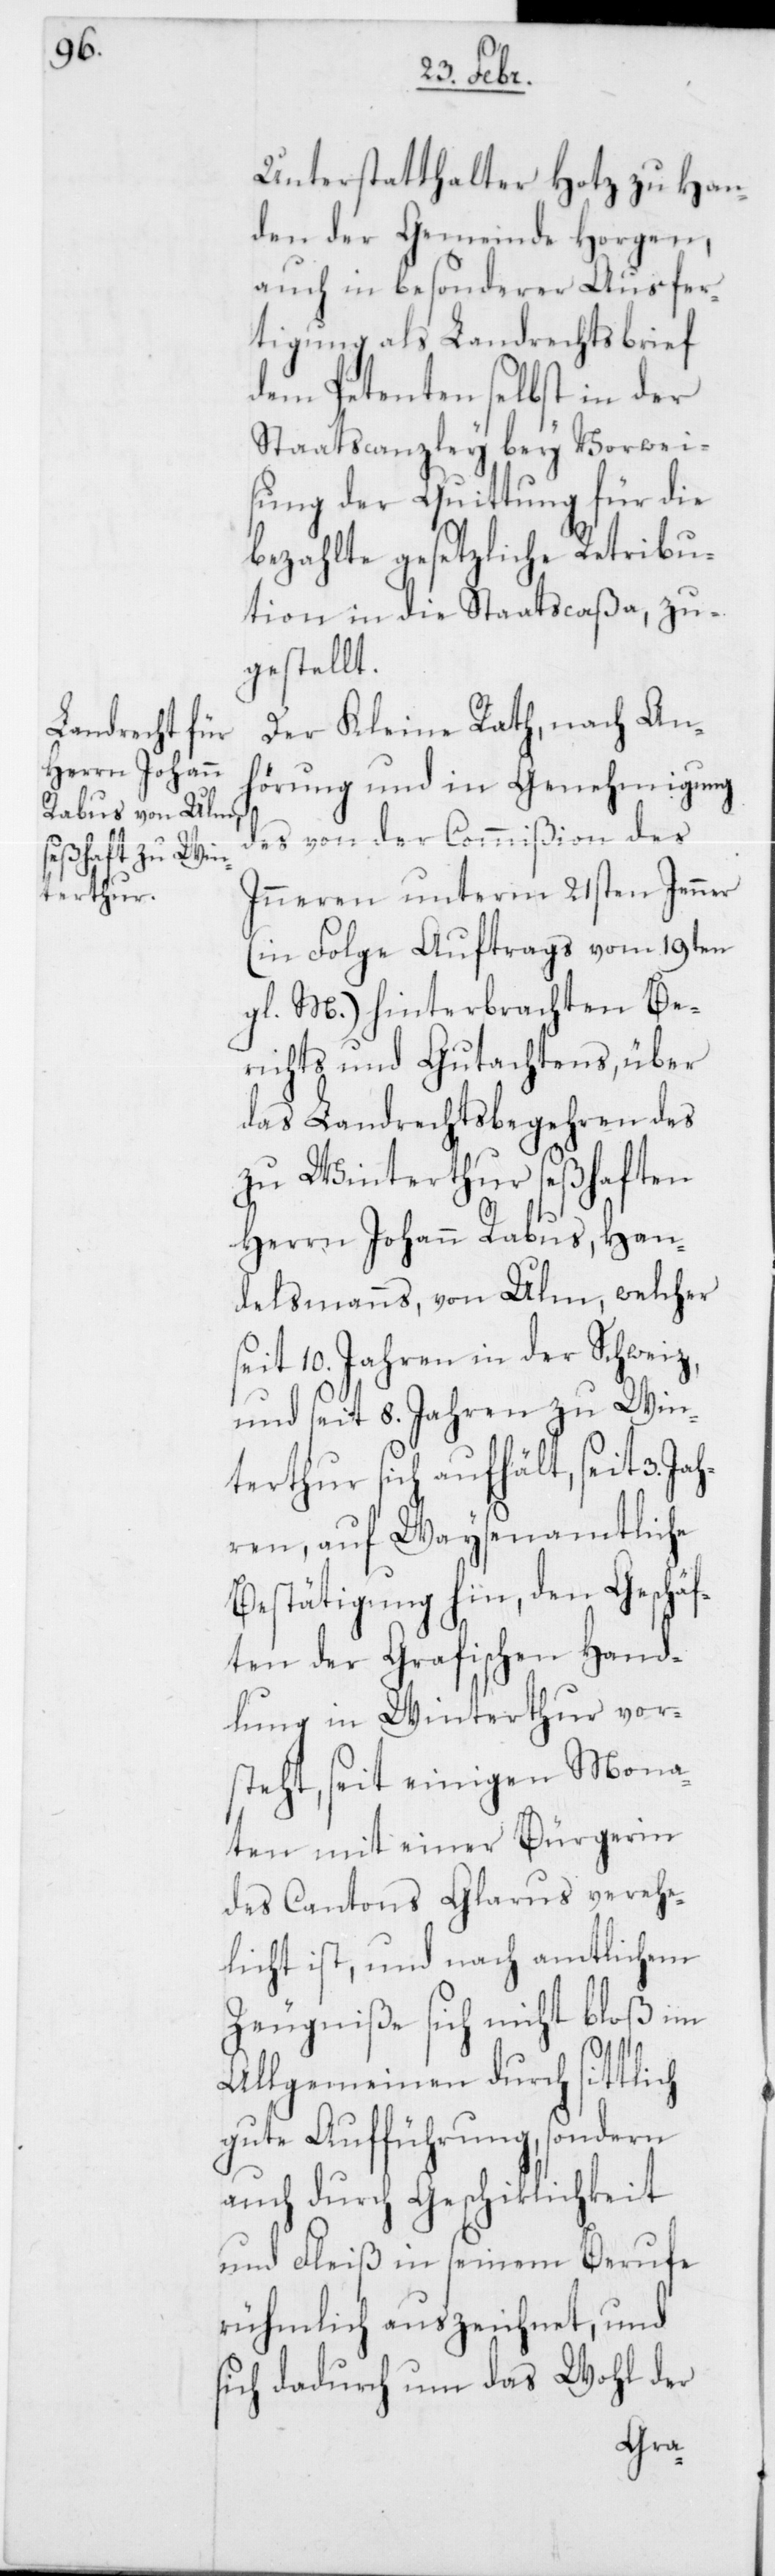
Unterstatthalter Hotz zu Han¬
den der Gemeinde Horgen,
auch in besonderer Ausfer¬
tigung als Landrechtsbrief
dem Petenten selbst in der
Staatscanzley bey Vorwei¬
sung der Quittung für die
bezahlte gesetzliche Retribu¬
tion in die Staatscaßa, zu¬
gestellt.
Der Kleine Rath, nach An¬
hörung und in Genehmigung
des von der Commißion des
Inneren unterm 21sten Jenner
(in Folge Auftrags vom 19ten
gl. M.) hinterbrachten Be¬
richts und Gutachtens, über
das Landrechtsbegehren des
zu Winterthur seßhaften
Herrn Johann Rabus, Han¬
delsmanns, von Ulm, welcher
seit 10. Jahren in der Schweiz,
und seit 8. Jahren zu Win¬
terthur sich aufhält, seit 3. Ja¬
hren, auf Waysenamtliche
Bestätigung hin, den Geschäf¬
ten der Grafischen Hand¬
lung in Winterthur vor¬
steht, seit einigen Mona¬
ten mit einer Bürgerin
des Cantons Glarus verehe¬
licht ist, und nach amtlichem
Zeugniße sich nicht bloß im
Allgemeinen durch sittlich
gute Aufführung, sondern
auch durch Geschiklichkeit
und Fleiß in seinem Berufe
rühmlich auszeichnet, und
sich dadurch um das Wohl der